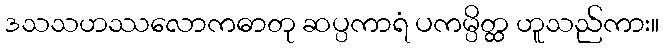
ဒသသဟဿလောကဓာတု ဆပ္ပကာရံ ပကမ္ပိတ္ထ ဟူသည်ကား။